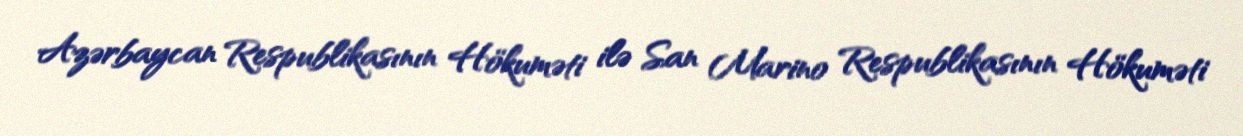
Azərbaycan Respublikasının Hökuməti ilə San Marino Respublikasının Hökuməti